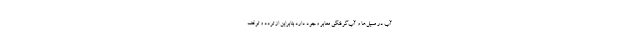
آب در مسیل‌ها و آب‌گرفتگی معابر وجود دارد بنابراین از تردد و توقف